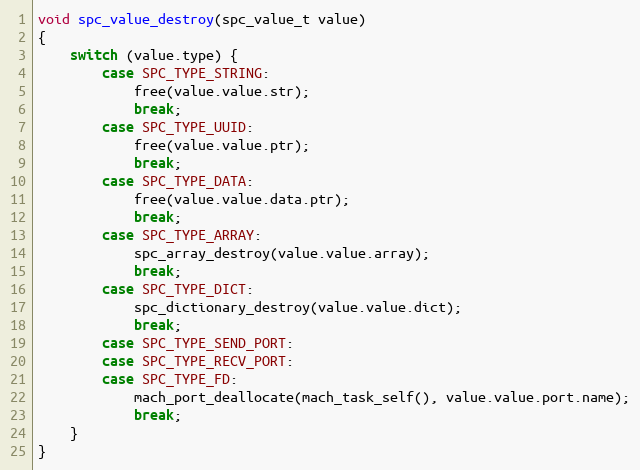
Language: C
void spc_value_destroy(spc_value_t value)
{
    switch (value.type) {
        case SPC_TYPE_STRING:
            free(value.value.str);
            break;
        case SPC_TYPE_UUID:
            free(value.value.ptr);
            break;
        case SPC_TYPE_DATA:
            free(value.value.data.ptr);
            break;
        case SPC_TYPE_ARRAY:
            spc_array_destroy(value.value.array);
            break;
        case SPC_TYPE_DICT:
            spc_dictionary_destroy(value.value.dict);
            break;
        case SPC_TYPE_SEND_PORT:
        case SPC_TYPE_RECV_PORT:
        case SPC_TYPE_FD:
            mach_port_deallocate(mach_task_self(), value.value.port.name);
            break;
    }
}